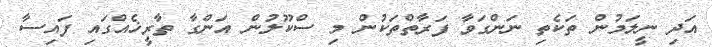
އަދި ނީލަމުން ތަކެތި ނަންގަވާ ފަރާތްތަކުން މި ސްކޫލުން އަންގާ ތާރީޚެއްގައި ފައިސާ